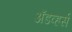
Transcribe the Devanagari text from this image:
अॅडव्हर्स